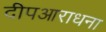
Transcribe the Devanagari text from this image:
दीपआराधना